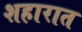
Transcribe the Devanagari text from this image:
शहारात